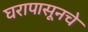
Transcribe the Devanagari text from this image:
घरापासूनचे